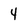
Character: 4